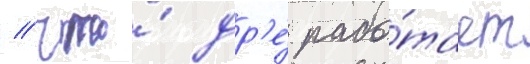
/ что́ др'е́ рабо́тает